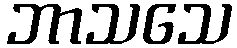
ဘာသသေ